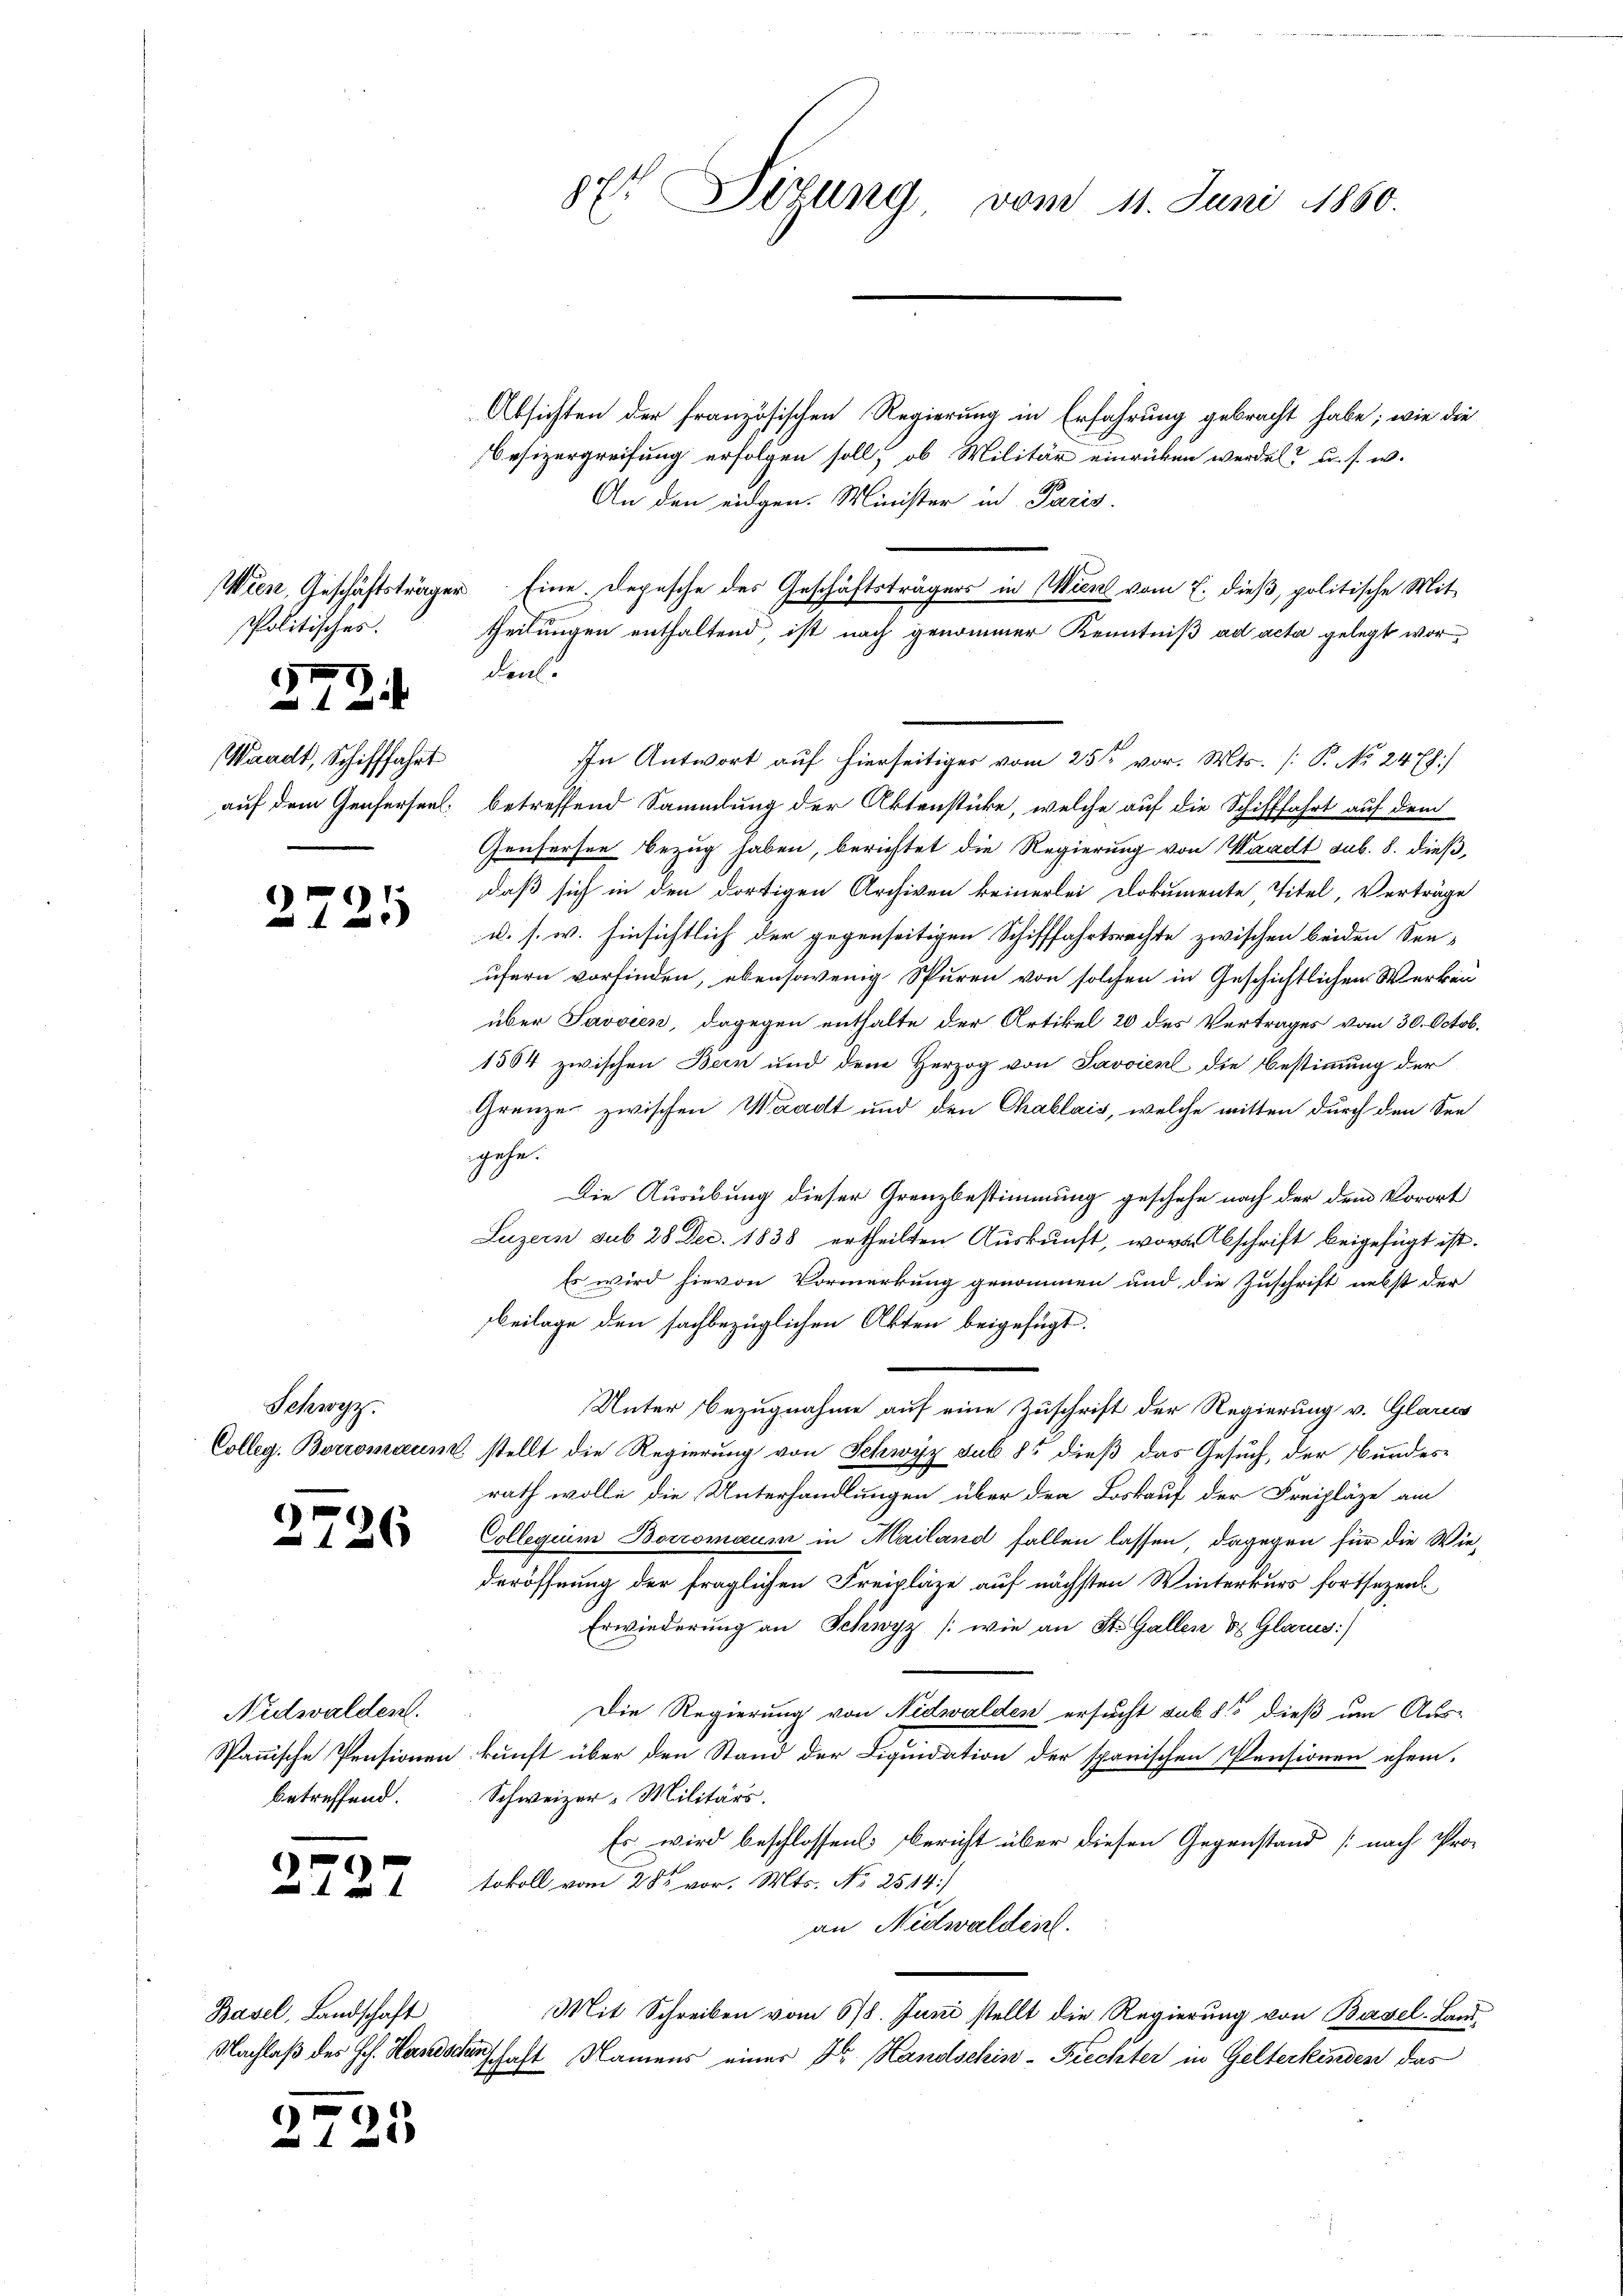
87t Situng, vom 11. Juni 1860.

Absichten der französischen Regierung in Erfahrung gebracht habe; wie die
Besizergreifung erfolgen soll, ob Militär einrücken werden? u. s. w.
An den eidgen. Minister in Paris.
den.
In Antwort auf hierseitiges vom 25sten vor. Mts. [P. No. 2478/
auf dem Genferseel. betreffend Sammlung der Aktenstücke, welche auf die Schifffahrt auf dem
Genfersee bezug haben, berichtet die Regierung von Waadt sub. 8. dießdaß sich in den dortigen Archiven keinerlei Dokumente Titel, Verträge
u. s. w. hinsichtlich der gegenseitigen Schifffahrtsrechte zwischen beiden See-
ufern vorfinden, ebensowenig Spuren von solchen in Geschichtlichen Werken
über Savoyen, dagegen enthalte der Artikel 20 des Vertrages vom 30. Octob.
1584 zwischen Bern und dem Herzog von Savoient die Bestimmung der
Grenze zwischen Waadt und den Chablais, welche mitten durch den Seegehe.
Die Ausübung dieser Granzbestimmung geschehe nach der dem Vorort
Luzern sub 28 Dec. 1838 ertheilten Aŭskŭnft, wovon Abschrift beigefügt ist.
Es wird hievon Vormerkung genommen und die Zuschrift nebst der
Beilage den sachbezüglichen Akten beigefügt.
Unter Bezugnahme auf eine Zuschrift der Regierung v. Glarus
Colleg. Boromaus stellt die Regierung von Schwyz sub 85 dieß das Gesuch, der Bundesrath wolle die Unterhandlungen über den Loskauf der Freipläge am
Collegium Boromaum in Mailand halben lassen, dagegen für die Wiederöffnung der fraglichen Freipläge auf nächsten Winterkurs fortsezen
Erwiederung an Schwyz (wie an St. Gallen & Glarus:)
Die Regierung von Nidwalden ersucht sub 815 dieß um Aus-
Spanische Pensionen kunft über den Stand der Liquidation der spanischen Pensionen ehem.
Schweizer-Militärs.
Es wird beschlossen Bericht über diesen Gegenstand (nach Pro-
tokoll vom 28sten vor. Mts. No 2544/
an Nidwalden.
Mit Schreiben vom 678. Juni stellt die Regierung von Basel-Land-
Nachlaß des Joh. Handschenschaft Namens einer Dr. Handschin-Frechter in Gelterkinden das

Politisches.

Wien, Geschäftsträger Eine Depesche des Geschäftsträgers in Wien vom 7. dieß, politische Mit-

theilungen enthaltend, ist nach genommer Kenntniß ad acta gelegt wor¬

15
.

.
2

Waadt, Schifffahrt

2721

Schwyz.

27

26

Nidwalden.
betreffend.

e

Basel, Landschaft

25

27